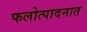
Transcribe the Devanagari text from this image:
फलोत्पादनात